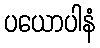
ပယောပါနံ